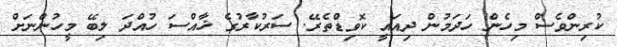
ކުރިންވެސް މިހެން ހަދަމުން ދިއައީ ކޮވިޑްތެރޭ. ސަރުކާރުގެ ޚާއްސަ ހުއްދަ ލިބޭ މީހުންނަށް